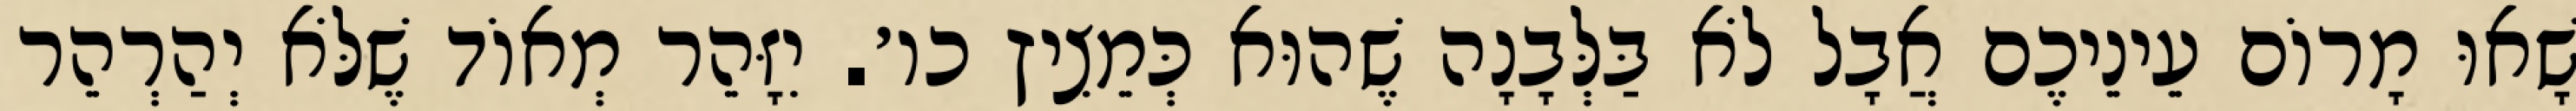
שָׁאוּ מָרוֹם עֵינֵיכֶם אֲבָל לֹא בַּלְּבָנָה שֶׁהוּא כְּמֵצִיץ כו׳. יִזָּהֵר מְאוֹד שֶׁלֹּא יְהַרְהֵר